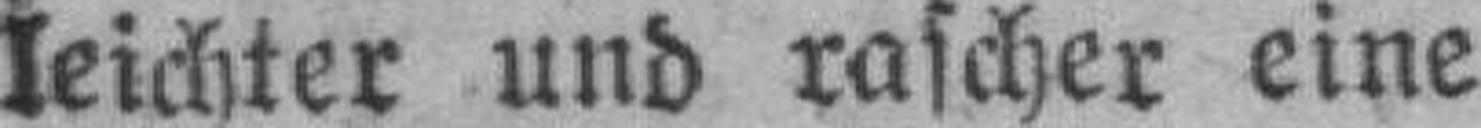
leichter und rascher eine